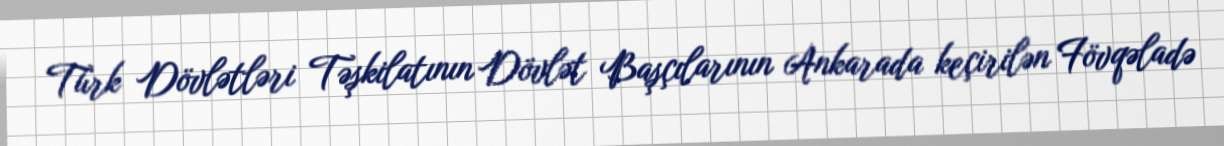
Türk Dövlətləri Təşkilatının Dövlət Başçılarının Ankarada keçirilən Fövqəladə